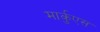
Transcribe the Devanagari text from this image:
मार्कुएस